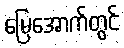
မြေအောက်တွင်